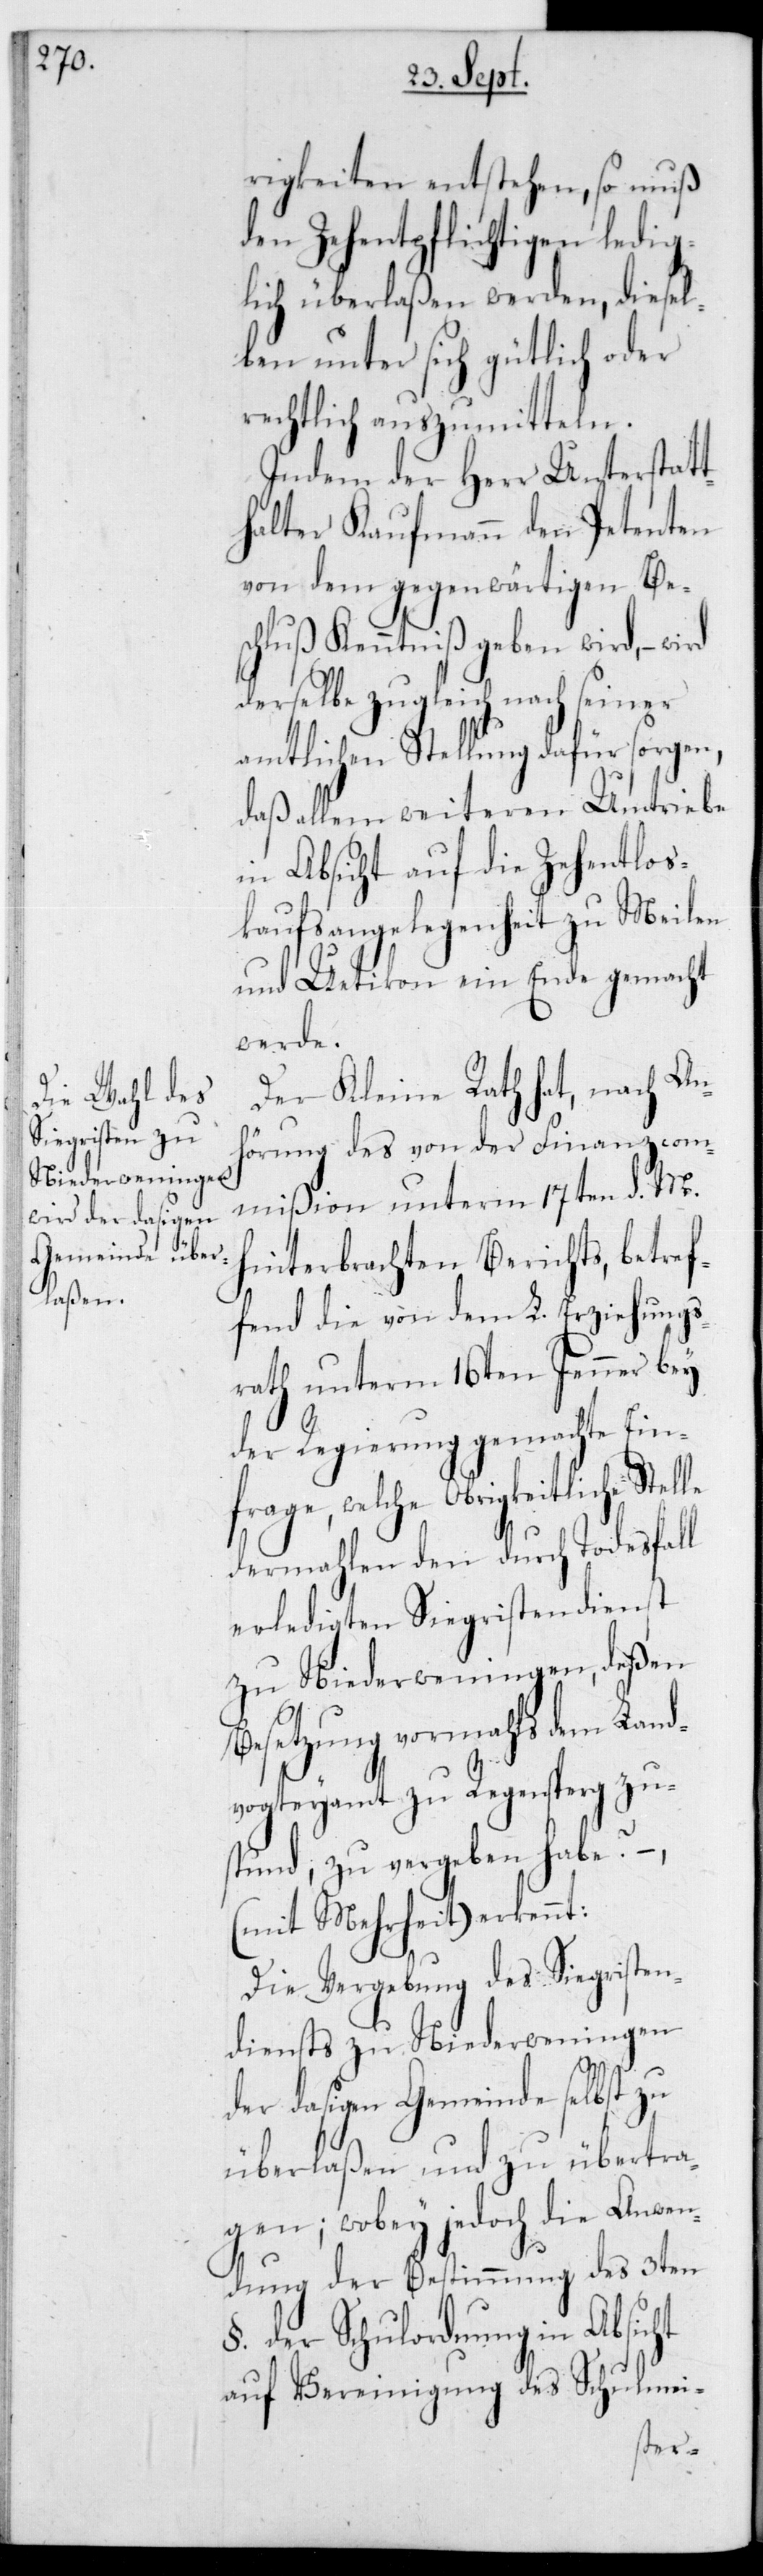
rigkeiten entstehen, so muß
den Zehentpflichtigen ledig¬
lich überlaßen werden, diesel¬
ben unter sich gütlich oder
rechtlich auszumitteln.
Indem der Herr Unterstatt¬
halter Kaufmann den Petenten
von dem gegenwärtigen Be¬
schluß Kenntniß geben wird, –
derselbe zugleich nach seiner
amtlichen Stellung dafür sorgen,
daß allem weiteren Umtriebe
in Absicht auf die Zehentlos¬
kaufsangelegenheit zu Meilen
und Uetikon ein Ende gemacht
werde.
Der Kleine Rath hat, nach An¬
hörung des von der Finanzcom¬
mißion unterm 17ten d. M.
hinterbrachten Berichts, betref¬
fend die von dem L. Erziehungs¬
rath unterm 16ten Jenner bey
rage, welche obrigkeitliche
dermahlen den durch Todesfall
erledigten Sigristendienst
zu Niederweningen, deßen
Besetzung vormahls dem Land¬
vogteyamt zu Regensperg zu¬
stund, zu vergeben habe? –
(mit Mehrheit) erkennt:
Die Vergebung des Siegristen¬
diensts zu Niederweningen
der dasigen Gemeinde selbst zu
überlaßen und zu übertra¬
gen; wobey jedoch die Anwen¬
dung der Bestimmung des 3ten
§ der Schulordnung in Absicht
auf Vereinigung des Schulmei-